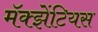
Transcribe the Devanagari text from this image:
मॅक्झेंटियस